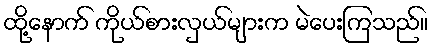
ထို့နောက် ကိုယ်စားလှယ်များက မဲပေးကြသည်။